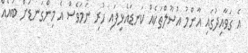
އެ ގަވާއިދުގައި އާންމު އުސޫލްތަކެއް ކަނޑައެޅިފައި ހުރި ނަމަވެސް އެ މިންގަނޑަށް ބައެއް